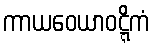
ကာယဝေယာဝဋ္ဋိကံ